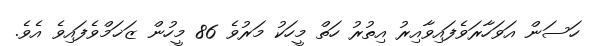
ހަސަން އަވަހާރަވެފައިވާއިރު އިތުރު ހަތް މީހަކު މަރުވެ 86 މީހުން ޒަޚަމްވެފައިވެ އެވެ.